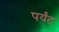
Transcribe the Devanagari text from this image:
पर्यंट